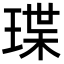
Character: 㻡